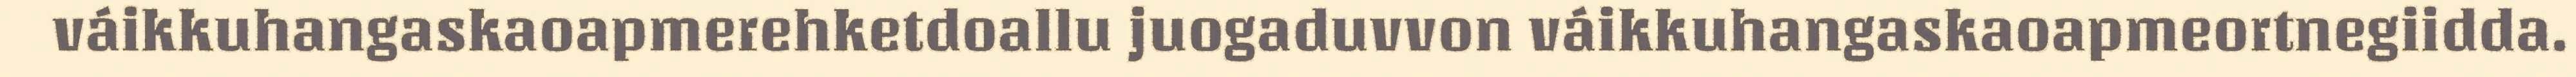
váikkuhangaskaoapmerehketdoallu juogaduvvon váikkuhangaskaoapmeortnegiidda.